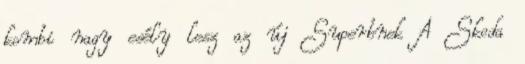
kombi nagy esély lesz az új Superbnek A Skoda